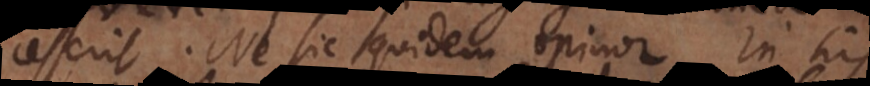
cesserit. Ne sic quidem opinor. In his